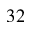
3 2